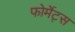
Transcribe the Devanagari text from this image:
फोर्मेट्स